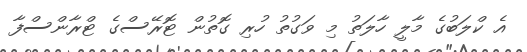
އެ ކްލަބުގެ މާލީ ހާލަތު މި ވަގުތު ހުރި ގޮތުން ޓޮރޭސްގެ ޓްރާންސްފާ